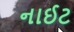
નાઈટ